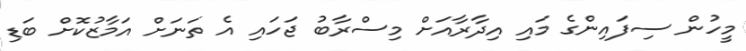
މީހުން ސިފައިންގެ މައި އިދާރާއަށް މިސްރާބު ޖަހައި އެ ތަނަށް އަމާޒުކޮށް ބަޑި